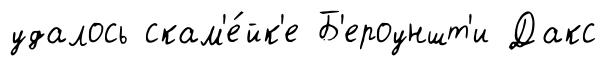
удалось скам'е́йк'е Б'ероуншт'и Дакс